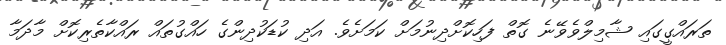
ތަަރައްގީގައި ޝާމިލްވެވޭނެ ގޮތް ފަހިކޮށްދިނުމަށް ކަމަށެވެ. އަދި ކުޑަކުދިންގެ ހައްގުތައް ރައްކާތެރިކޮށް މާދަމާ